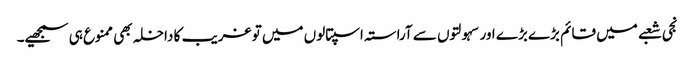
نجی شعبے میں قائم بڑے بڑے اور سہولتوں سے آراستہ اسپتالوں میں تو غریب کا داخلہ بھی ممنوع ہی سمجھیے۔